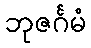
ဘုဇင်္ဂမံ